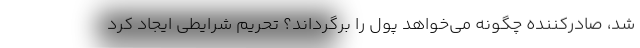
شد، صادرکننده چگونه می‌خواهد پول را برگرداند؟ تحریم شرایطی ایجاد کرد